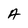
Character: A